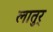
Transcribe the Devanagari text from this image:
लातुर्